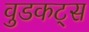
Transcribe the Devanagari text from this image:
वुडकट्स